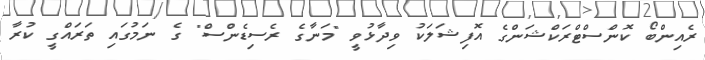
ރެއިންބޯ ކޮންސްޓްރަކްޝަންގެ އޮފިޝަލަކު ވިދާޅުވީ "މަނާގެ ރެސިޑެންސް" ގެ ނަމުގައި ތަރަައްގީ ކުރާ